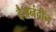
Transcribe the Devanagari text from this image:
दैअनंदीन